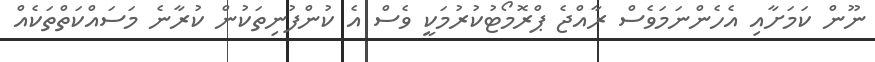
ނޫން ކަމަށާއި އެހެންނަމަވެސް ރާއްޖެ ޕްރޮމޯޓުކުރުމަކީ ވެސް އެ ކުންފުނިތަކުން ކުރާނެ މަސައްކަތްތަކެއް